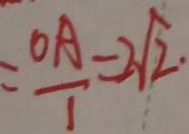
= \frac { O A } { 1 } = 2 \sqrt { 2 } .